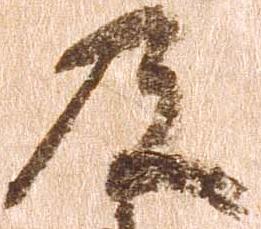
及